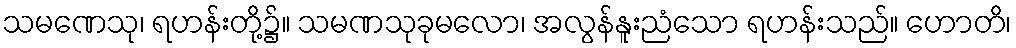
သမဏေသု၊ ရဟန်းတို့၌။ သမဏသုခုမလော၊ အလွန်နူးညံသော ရဟန်းသည်။ ဟောတိ၊